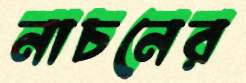
নাচনের